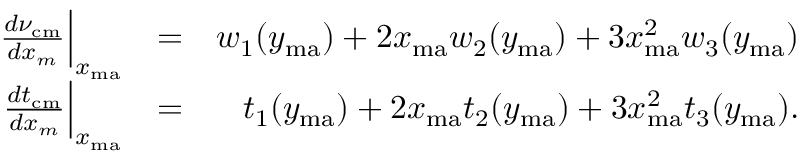
\begin{array} { r l r } { \frac { d \nu _ { \mathrm { c m } } } { d x _ { m } } \Big | _ { x _ { \mathrm { m a } } } } & { = } & { w _ { 1 } ( y _ { \mathrm { m a } } ) + 2 x _ { \mathrm { m a } } w _ { 2 } ( y _ { \mathrm { m a } } ) + 3 x _ { \mathrm { m a } } ^ { 2 } w _ { 3 } ( y _ { \mathrm { m a } } ) } \\ { \frac { d t _ { \mathrm { c m } } } { d x _ { m } } \Big | _ { x _ { \mathrm { m a } } } } & { = } & { t _ { 1 } ( y _ { \mathrm { m a } } ) + 2 x _ { \mathrm { m a } } t _ { 2 } ( y _ { \mathrm { m a } } ) + 3 x _ { \mathrm { m a } } ^ { 2 } t _ { 3 } ( y _ { \mathrm { m a } } ) . } \end{array}